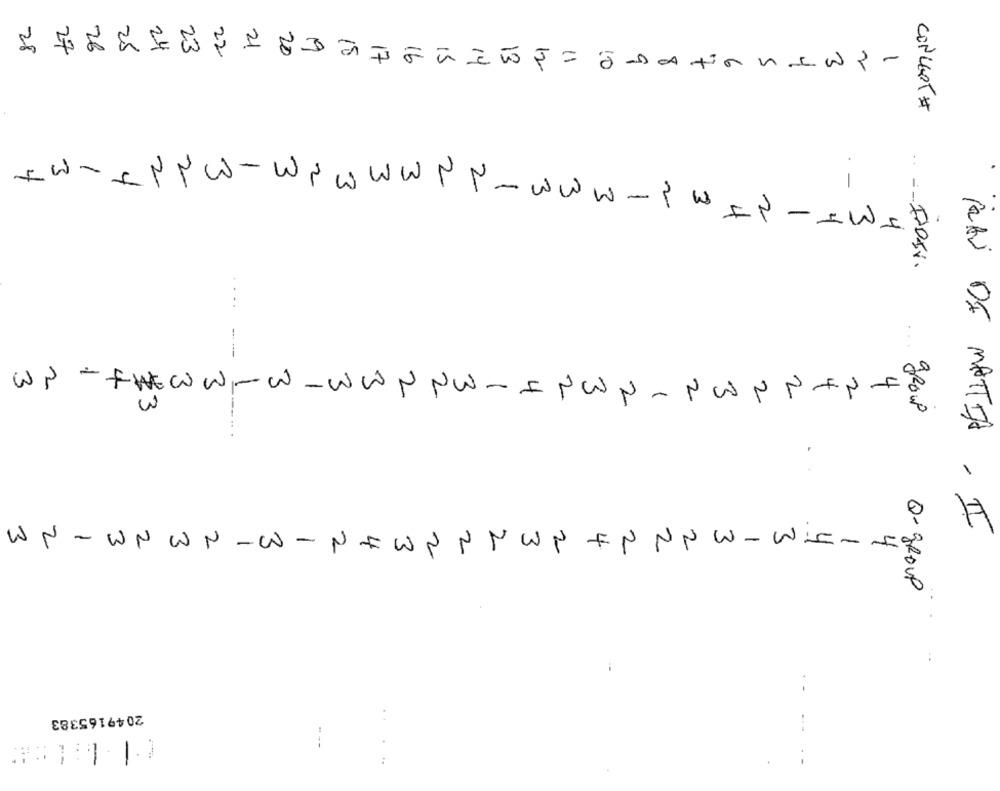
28
27
26
25
20
24
23
22
1
àn
13
12
=
10
n
-
CONCERT #
Clic-wpwwwPp
-
. -
www.
-
IN
-
IWI.
..
--
WP
FREWW-w-ww
2
2
NW - INW
2
PEN
NON
E
group
..
2
-
-
w
RAS DE MATTIA . II
w
W
N
WN
-W-
2
NN
w
-
NEWINNWY
FN
Q- GROUP
2049165383
---
-